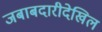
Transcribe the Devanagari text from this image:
जबाबदारीदेखिल